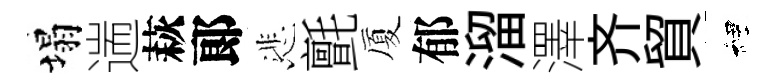
塌遄萩郞悲氈厦郁溜澤齐貿裡